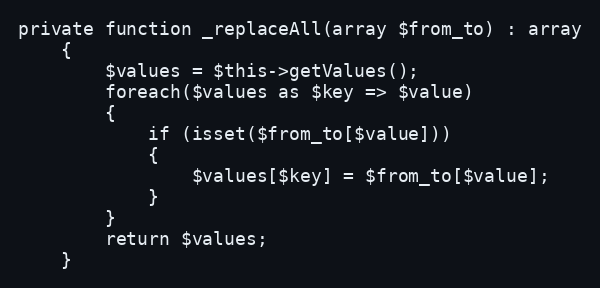
Language: PHP
private function _replaceAll(array $from_to) : array
    {
        $values = $this->getValues();
        foreach($values as $key => $value)
        {
            if (isset($from_to[$value]))
            {
                $values[$key] = $from_to[$value];
            }
        }
        return $values;
    }